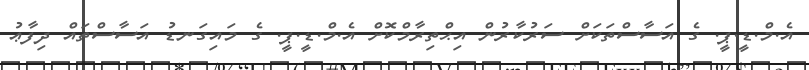
އެ.މް.ޑީ.ޕީ. ގެ އަސާސްތަކަށް ސަރުކާރުން އިޙްތިރާމްކޮށް އެ.މް.ޑީ.ޕީ. ގެ މައިގަނޑު އަސާސްތައް ދިފާޢު